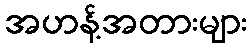
အဟန့်အတားများ